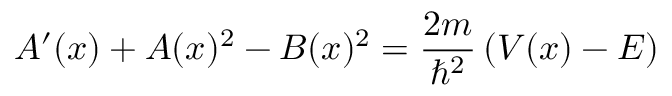
A ^ { \prime } ( x ) + A ( x ) ^ { 2 } - B ( x ) ^ { 2 } = { \frac { 2 m } { \hbar ^ { 2 } } } \left( V ( x ) - E \right)